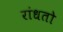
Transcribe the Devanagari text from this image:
रांधतो